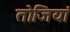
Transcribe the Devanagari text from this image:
तोजियां